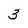
Character: 3